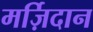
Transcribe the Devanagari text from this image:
मर्ज़िदान